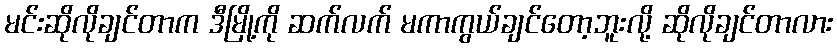
မင်းဆိုလိုချင်တာက ဒီမြို့ကို ဆက်လက် မကာကွယ်ချင်တော့ဘူးလို့ ဆိုလိုချင်တာလား